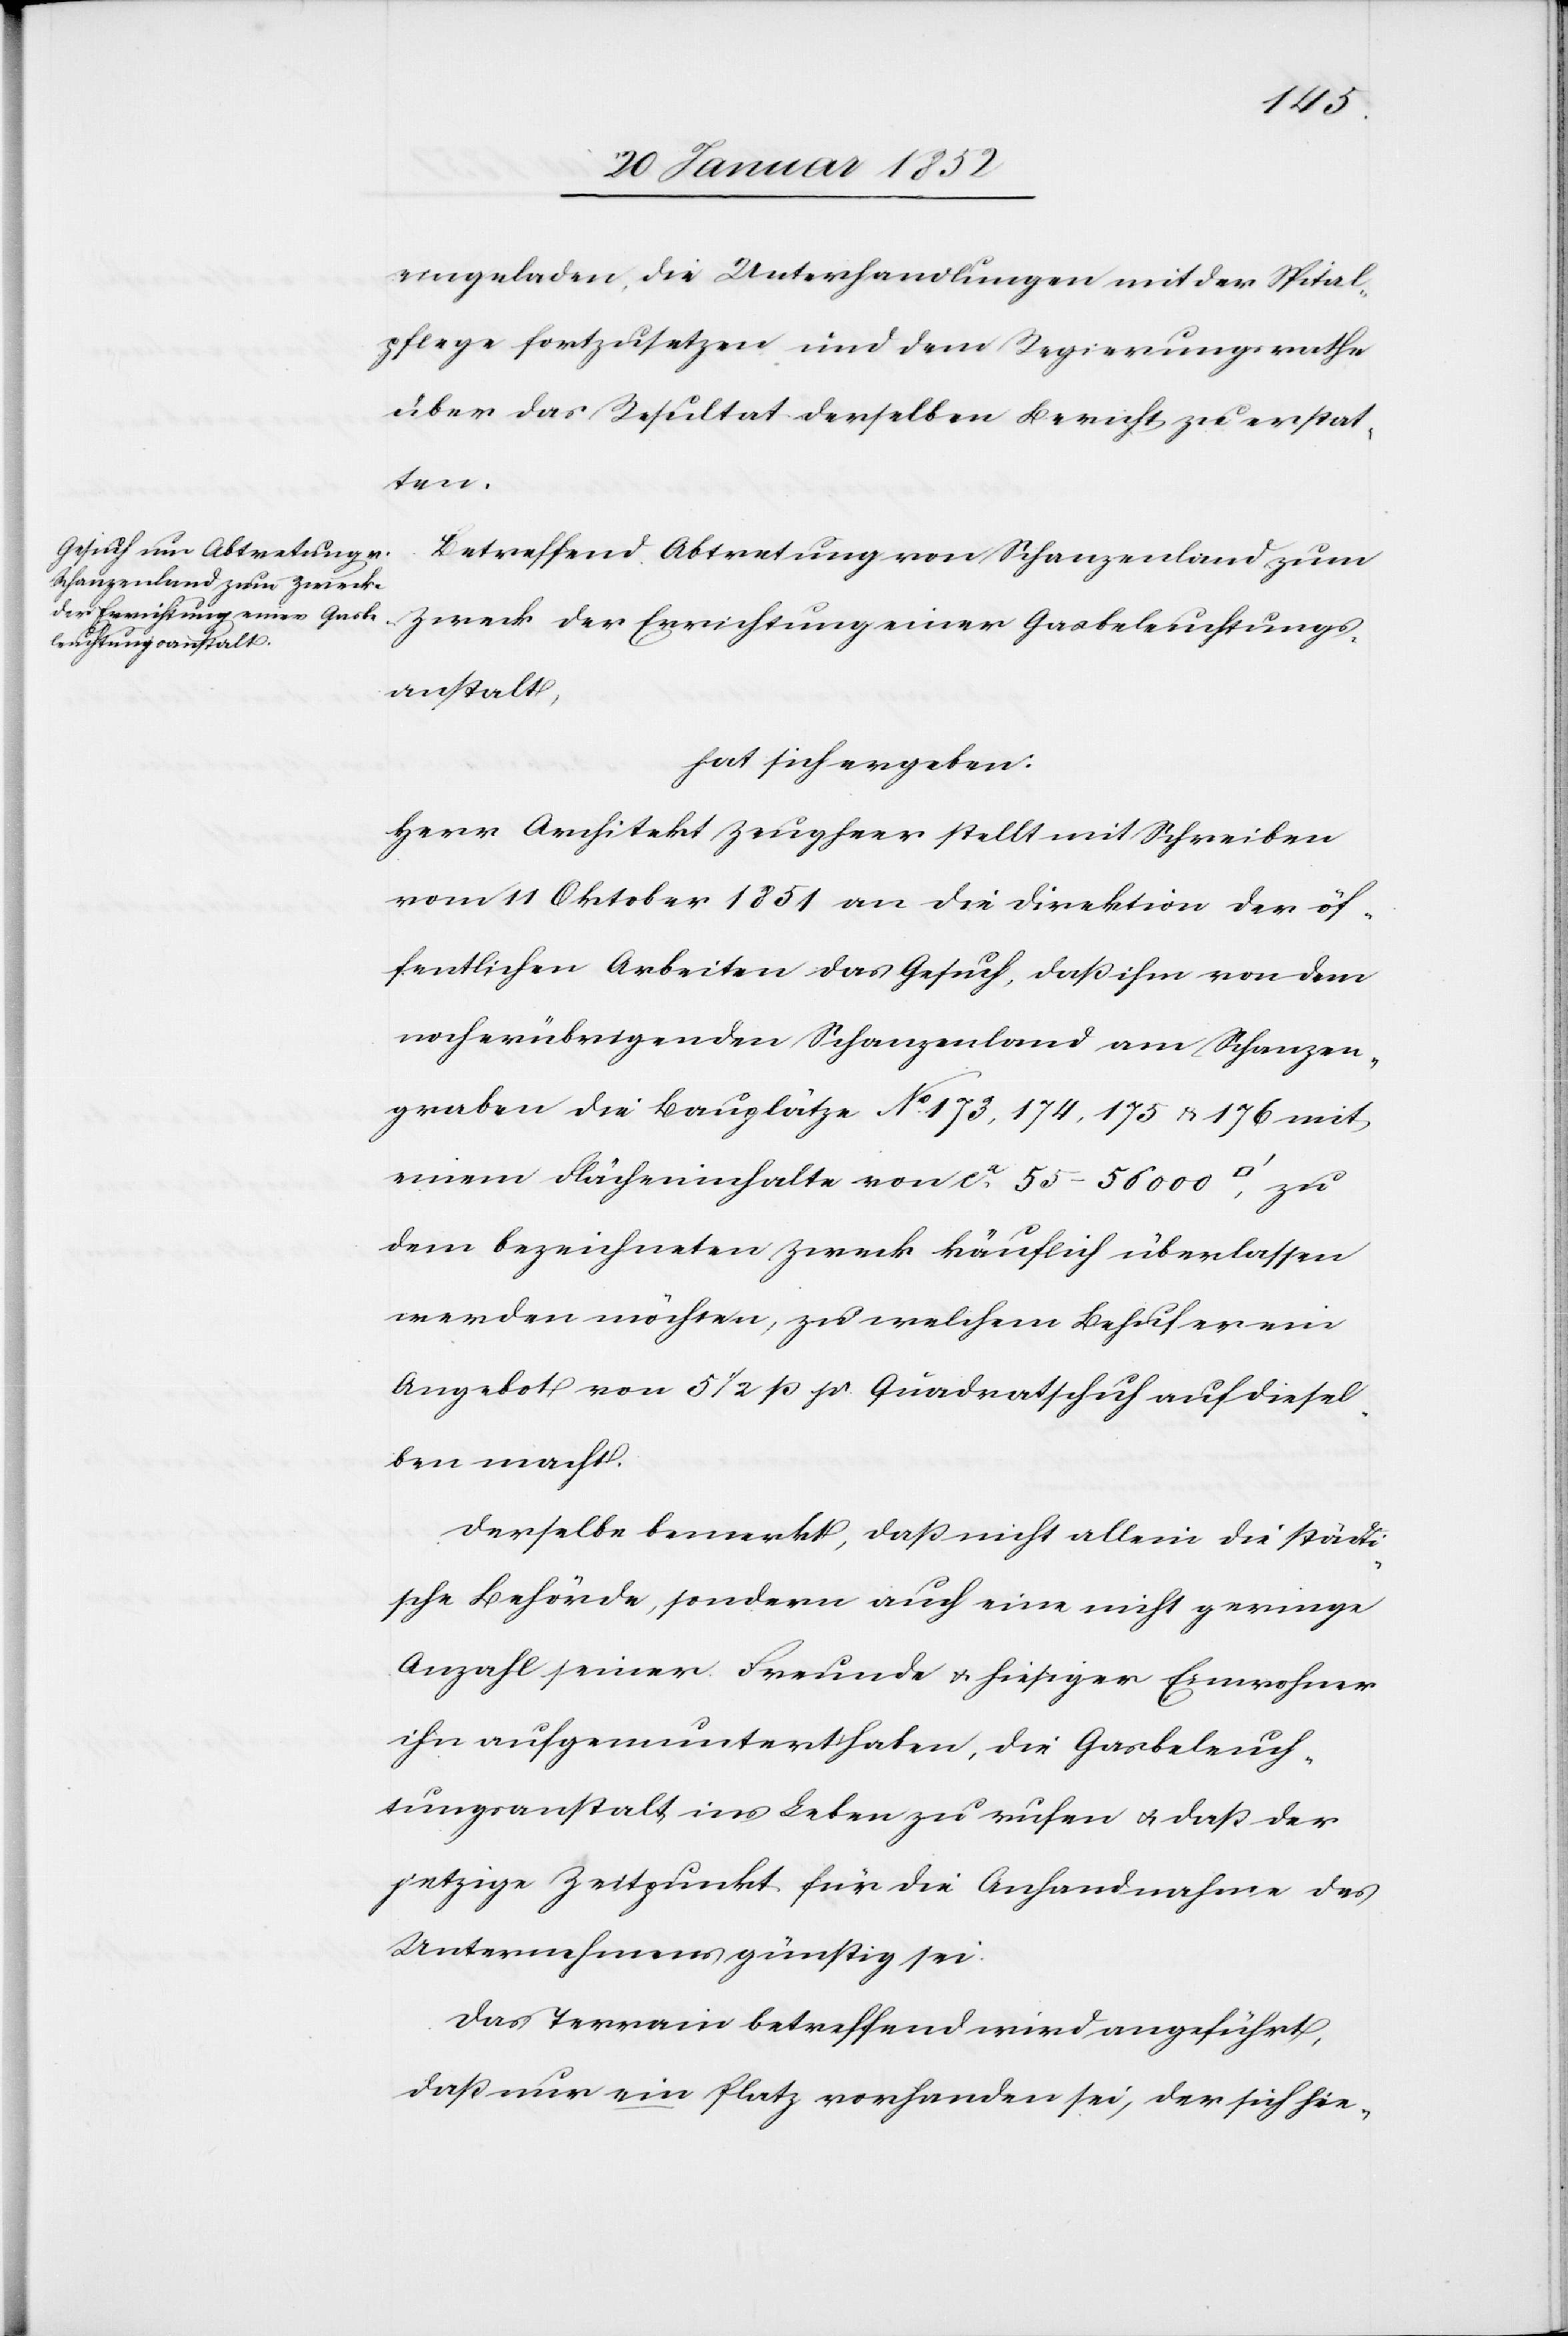
eingeladen, die Unterhandlungen mit der Spital¬
pflege fortzusetzen und dem Regierungsrathe
über das Resultat derselben Bericht zu erstat¬
ten.
Betreffend Abtretung von Schanzenland zum
Zweck der Errichtung einer Gasbeleuchtungs¬
anstalt,
hat sich ergeben.
Herr Architekt Zeugheer stellt mit Schreiben
vom 11 Oktober 1851 an die Direktion der öf¬
fentlichen Arbeiten das Gesuch, daß ihm von dem
noch übrigen Schanzenland am Schanzen¬
graben die Bauplätze No. 173, 174, 175 u. 176 mit
einem Flächeninhalte von ca 55–56000
dem bezeichneten Zweck käuflich überlassen
werden möchten, zu welchem Behuf er ein
Angebot von 5 1/2 ß pr. Quadratschuh auf diesel¬
ben macht.
Derselbe bemerkt, daß nicht allein die städti¬
sche Behörde, sondern auch eine nicht geringe
Anzahl seiner Freunde u. hiesiger Einwohner
ihn aufgemuntert haben, die Gasbeleuch¬
tungsanstalt ins Leben zu rufen u. daß der
jetzige Zeitpunkt für die Anhandnahme des
Unternehmens günstig sei.
Das Terrain betreffend wird angeführt,
daß nur ein Platz vorhanden sei, der sich hie-